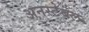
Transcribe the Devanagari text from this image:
अनस्टेबल